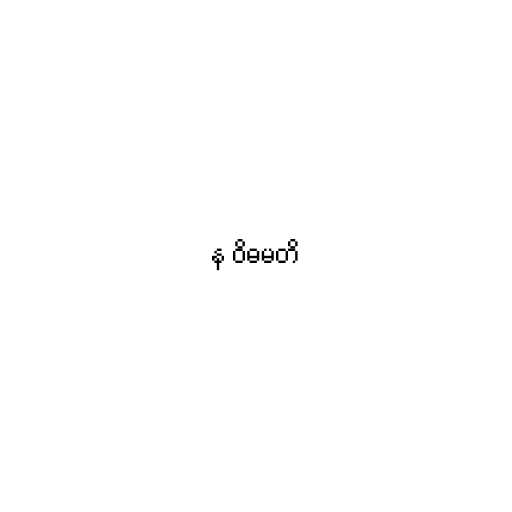
န ဝိဓမတိ